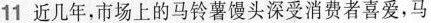
11近几年，市场上的马铃薯馒头深受消费者喜爱，马